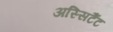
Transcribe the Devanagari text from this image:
अस्सिटैंट